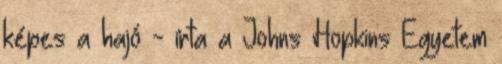
képes a hajó - írta a Johns Hopkins Egyetem